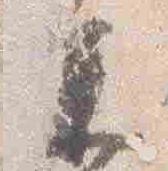
参